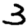
Digit: 3